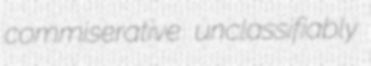
commiserative unclassifiably